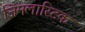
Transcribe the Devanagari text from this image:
जिमलास्टिक